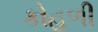
કોહળી